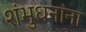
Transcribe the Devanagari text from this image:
शंभुधनांना